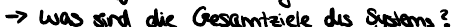
-> Was sind die Gesamziele des Systems?